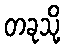
တခုသို့